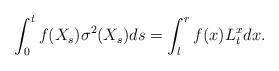
LaTeX: \begin{align*}\int_0^t f(X_s)\sigma^2(X_s)ds =\int_{l}^{r}f(x)L^x_t dx.\end{align*}